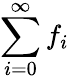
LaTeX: \sum_{i=0}^{\infty}f_{i}